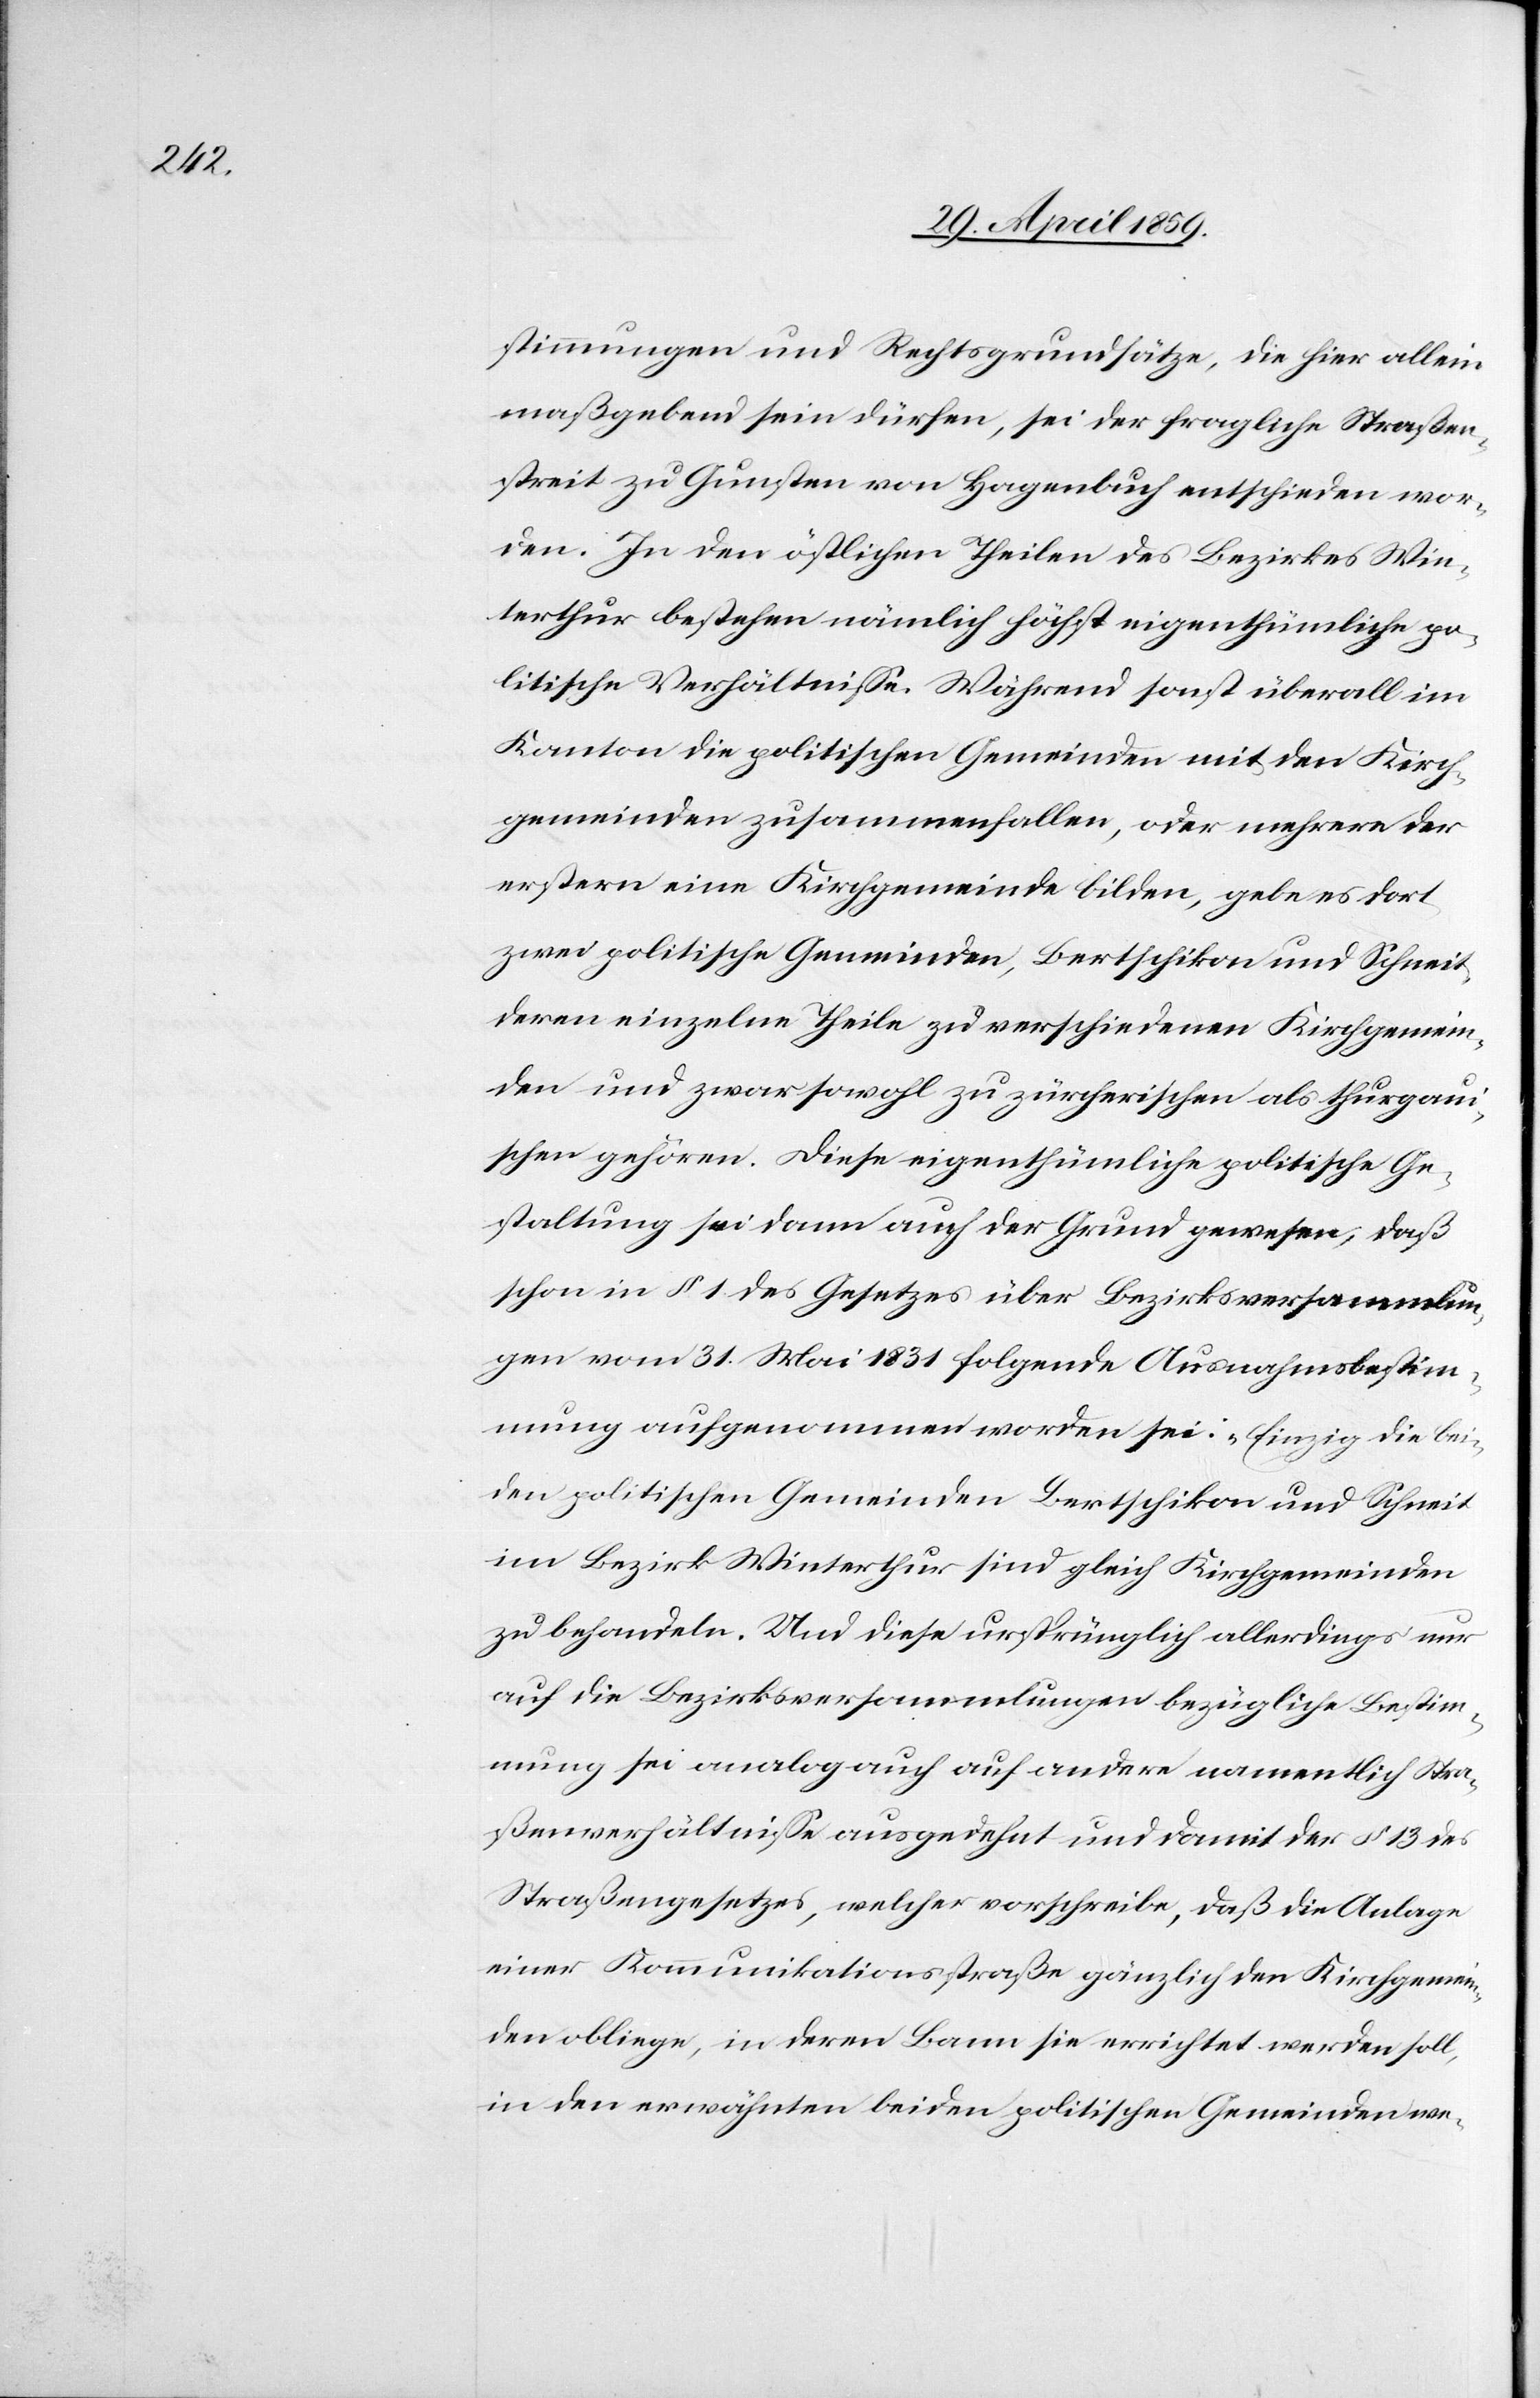
stimmungen und Rechtsgrundsätze, die hier allein
maßgeben sein dürfen, sei der fragliche Straßen¬
streit zu Gunsten von Hagenbuch entschieden wor¬
den. In den östlichen Theilen des Bezirkes Win¬
terthur bestehen nämlich höchst eigenthümliche po¬
litische Verhältniße. Während sonst überall im
Kanton die politischen Gemeinden mit den Kirch¬
gemeinden zusammenfallen, oder mehrere der
erstern eine Kirchgemeinde bilden, gebe es dort
zwei politische Gemeinden, Bertschikon und Schneit,
deren einzelne Theile zu verschiedenen Kirchgemein¬
den gehören. Diese eigenthümliche politische Ge¬
staltung sei dann auch der Grund gewesen, daß
schon in § 1 des Gesetzes über Bezirksversammlun¬
gen vom 31. Mai 1831 folgende Ausnahmsbestim¬
mung aufgenommen worden sei: „Einzig die bei¬
den politischen Gemeinden Bertschikon und Schneit
im Bezirk Winterthur sind gleich Kirchgemeinden
zu behandeln. Und diese ursprünglich allerdings nur
auf die Bezirksversammlungen bezügliche Besti¬
mmung sei analog auch auf andere namentlich[e] Stra¬
ßenverhältniße ausgedehnt und damit der § 13 des
Straßengesetzes, welcher vorschreibe, daß die Anlage
einer Kommunikationsstraße gänzlich den Kirchgemein¬
den obliege, in deren Bann sie errichtet werden soll,
in den erwähnten beiden politischen Gemeinden we-